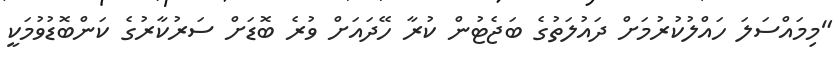
"މިމައްސަލަ ހައްލުކުރުމަށް ދައުލަތުގެ ބަޖެޓުން ކުރާ ހޭދައަށް ވުރެ ބޮޑަށް ސަރުކާރުގެ ކަންބޮޑުވުމަކީ